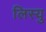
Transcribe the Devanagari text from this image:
लिस्यु